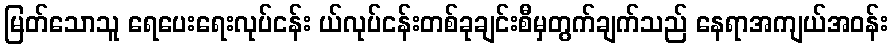
မြတ်သောသူ ရေပေးရေးလုပ်ငန်း ယ်လုပ်ငန်းတစ်ခုချင်းစီမှတွက်ချက်သည် နေရာအကျယ်အဝန်း